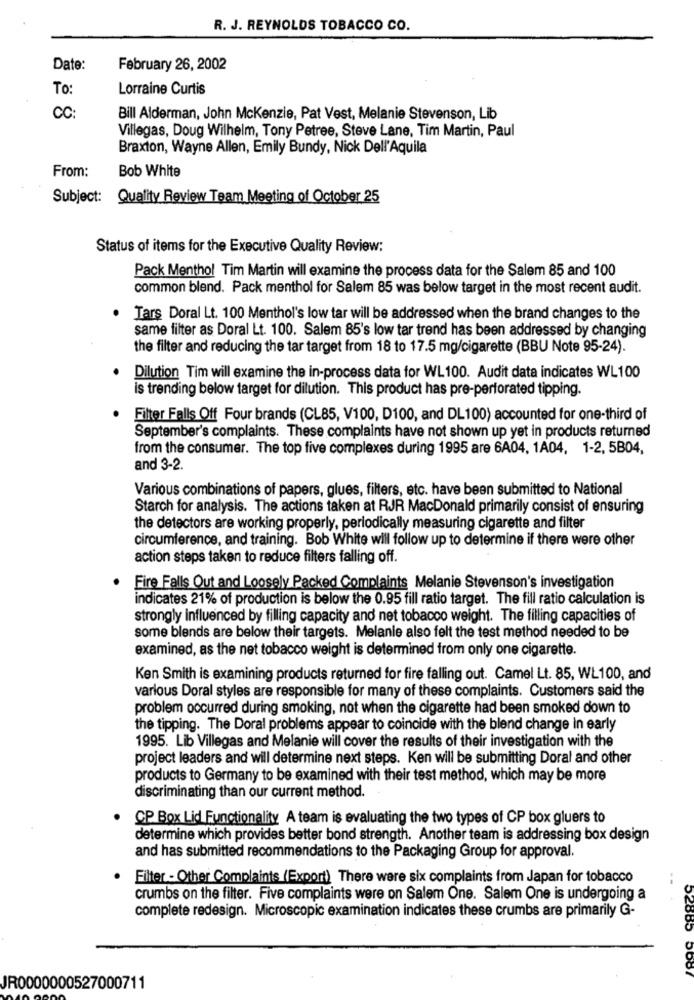
R. J. REYNOLDS TOBACCO CO.
Date:
February 26, 2002
To:
Lorraine Curtis
CC:
Bill Alderman, John Mckenzie, Pat Vest, Melanie Stevenson, Lib
Villegas, Doug Wilhelm, Tony Petree, Steve Lane, Tim Martin, Paul
Braxton, Wayne Allen, Emily Bundy, Nick Dell'Aquila
From:
Bob White
Subject:
Quality Review Team Meeting of October 25
Status of items for the Executive Quality Review:
Pack Menthol Tim Martin will examine the process data for the Salem 85 and 100
common blend. Pack menthol for Salem 85 was below target in the most recent audit.
Tars Doral Lt. 100 Menthol's low tar will be addressed when the brand changes to the
same filter as Doral Lt. 100. Salem 85's low tar trend has been addressed by changing
the filter and reducing the tar target from 18 to 17.5 mg/cigarette (BBU Note 95-24).
Dilution Tim will examine the in-process data for WL100. Audit data indicates WL100
is trending below target for dilution. This product has pre-perforated tipping.
Filter Falls Off Four brands (CL85, V100, D100, and DL100) accounted for one-third of
September's complaints. These complaints have not shown up yet in products returned
from the consumer. The top five complexes during 1995 are 6A04, 1A04, 1-2, 5B04,
and 3-2.
Various combinations of papers, glues, filters, etc. have been submitted to National
Starch for analysis. The actions taken at RJR MacDonald primarily consist of ensuring
the detectors are working properly, periodically measuring cigarette and filter
circumference, and training. Bob White will follow up to determine if there were other
action steps taken to reduce filters falling off.
. Fire Falls Out and Loosely Packed Complaints Melanie Stevenson's investigation
indicates 21% of production is below the 0.95 fill ratio target. The fill ratio calculation is
strongly influenced by filling capacity and net tobacco weight. The filling capacities of
some blends are below their targets. Melanie also felt the test method needed to be
examined, as the net tobacco weight is determined from only one cigarette.
Ken Smith is examining products returned for fire falling out. Camel Lt. 85, WL100, and
various Doral styles are responsible for many of these complaints. Customers said the
problem occurred during smoking, not when the cigarette had been smoked down to
the tipping. The Doral problems appear to coincide with the blend change in early
1995. Lib Villegas and Melanie will cover the results of their investigation with the
project leaders and will determine next steps. Ken will be submitting Doral and other
products to Germany to be examined with their test method, which may be more
discriminating than our current method.
CP Box Lid Functionality A team is evaluating the two types of CP box gluers to
determine which provides better bond strength. Another team is addressing box design
and has submitted recommendations to the Packaging Group for approval.
Filter - Other Complaints (Export) There were six complaints from Japan for tobacco
crumbs on the filter. Five complaints were on Salem One. Salem One is undergoing a
complete redesign. Microscopic examination indicates these crumbs are primarily G-
52885 5687
JR0000000527000711